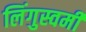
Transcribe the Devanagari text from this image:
लिंगुस्वमी